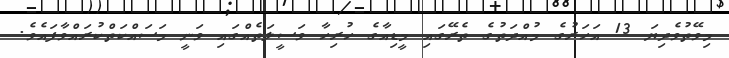
މިވޭތުވެދިޔަ 13 އަހަރުގެ މުއްދަތުގެ ތެރޭގައި މީޑިއާގެ ހުރިހާ ވަސީލަތެއްގައި ވަނީ މަސައްކަތްކުރައްވާފައެވެ.